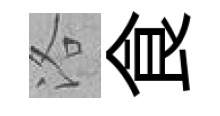
洛食